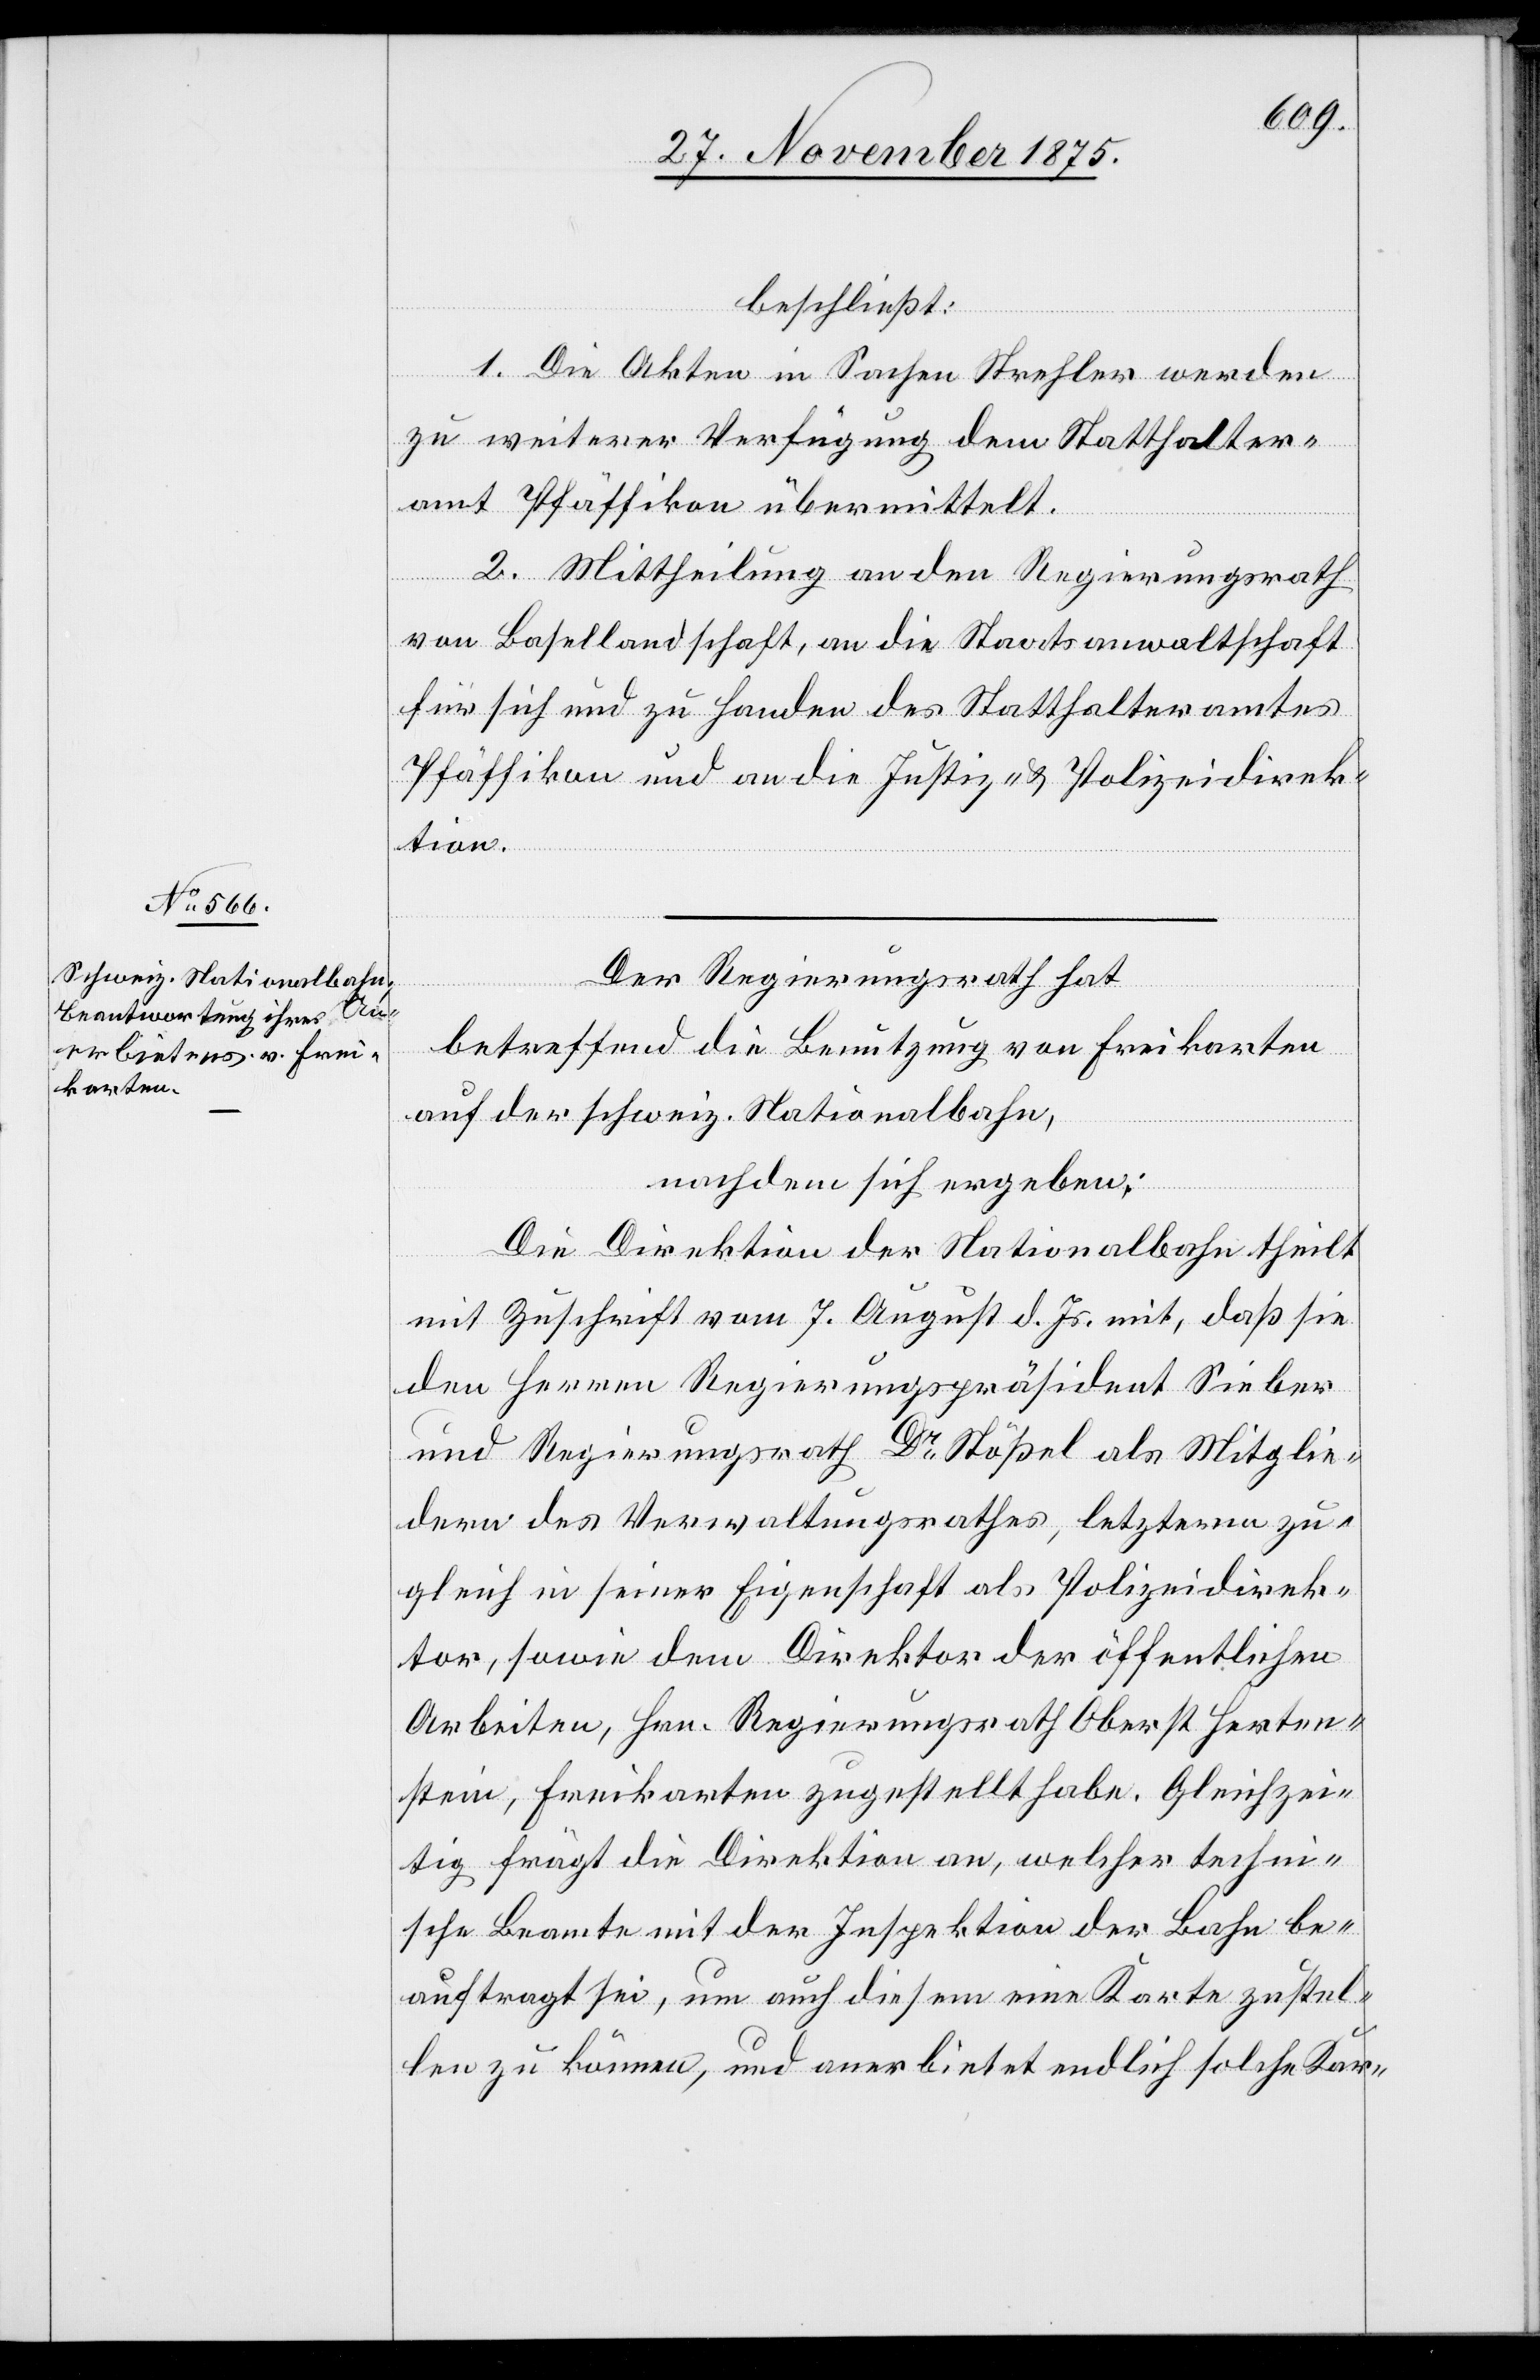
beschließt:
1. Die Akten in Sachen Strehler werden
zu weiterer Verfügung dem Statthalter¬
amt Pfäffikon übermittelt.
2. Mittheilung an den Regierungsrath
von Basellandschaft, an die Staatsanwaltschaft
für sich und zu Handen des Statthalteramtes
Pfäffikon und an die Justiz- & Polizeidirek¬
tion.
Der Regierungsrath hat
betreffend die Benutzung von Freikarten
auf der schweiz. Nationalbahn,
nachdem sich ergeben:
Die Direktion der Nationalbahn theilt
mit Zuschrift vom 7 August d. Js. mit, daß sie
den Herren Regierungspräsident Sieber
und Regierungsrath Dr Stößel als Mitglie¬
dern des Verwaltungsrathes, letzterm zu¬
gleich in seiner Eigenschaft als Polizeidirek¬
tor, sowie dem Direktor der öffentlichen
Arbeiten, Hrn. Regierungsrath Oberst Herten¬
stein, Freikarten zugestellt habe. Gleichzei¬
tig frägt die Direktion an, welcher techni¬
sche Beamte mit der Inspektion der Bahn be¬
auftragt sei, um auch diesem eine Karte zustel¬
len zu können, und anerbietet endlich solche Kar-